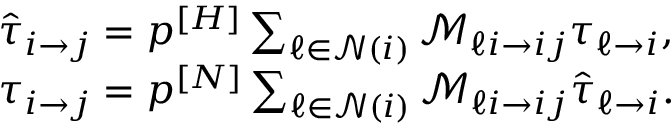
\begin{array} { l } { \hat { \tau } _ { i \rightarrow j } = p ^ { [ H ] } \sum _ { \ell \in \mathcal { N } ( i ) } \mathcal { M } _ { \ell i \rightarrow i j } \tau _ { \ell \rightarrow i } , } \\ { \tau _ { i \rightarrow j } = p ^ { [ N ] } \sum _ { \ell \in \mathcal { N } ( i ) } \mathcal { M } _ { \ell i \rightarrow i j } \hat { \tau } _ { \ell \rightarrow i } . } \end{array} { }